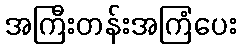
အကြီးတန်းအကြံပေး